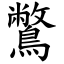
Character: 鷩